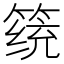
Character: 𱸔